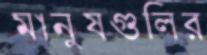
মানুষগুলির